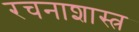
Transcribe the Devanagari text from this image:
रचनाशास्त्र